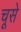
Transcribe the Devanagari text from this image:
चूसे